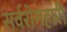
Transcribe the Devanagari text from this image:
सर्वरोगहारी